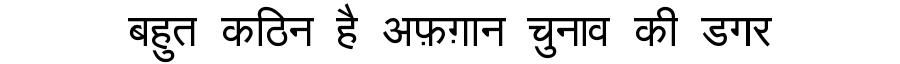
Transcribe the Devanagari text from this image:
बहुत कठिन है अफ़ग़ान चुनाव की डगर